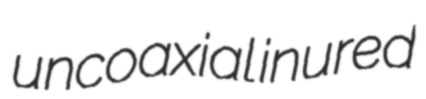
uncoaxial inured